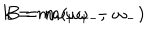
LaTeX: k = m \omega _ { + } \omega _ { - } , \hspace { 1 . 5 c m } B = m ( \omega _ { + } - \omega _ { - } )